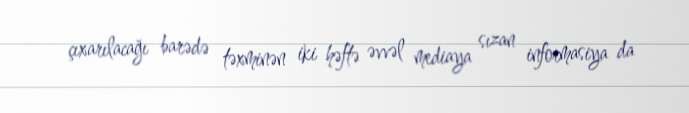
çıxarılacağı barədə təxminən iki həftə əvvəl mediaya sızan informasiya da